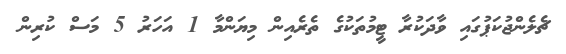
ޗެލެންޖުކަޕުގައި ވާދަކުރާ ޓީމުތަކުގެ ތެރެއިން މިޔަންމާ 1 އަހަރު 5 މަސް ކުރިން